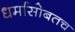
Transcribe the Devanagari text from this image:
धर्मासोबतच